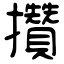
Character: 攢